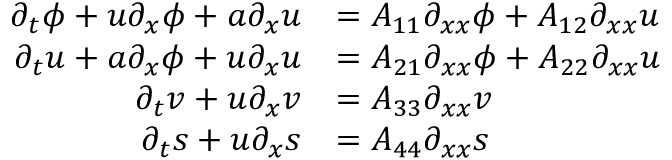
\begin{array} { r l } { \partial _ { t } \phi + u \partial _ { x } \phi + a \partial _ { x } u } & { = A _ { 1 1 } \partial _ { x x } \phi + A _ { 1 2 } \partial _ { x x } u } \\ { \partial _ { t } u + a \partial _ { x } \phi + u \partial _ { x } u } & { = A _ { 2 1 } \partial _ { x x } \phi + A _ { 2 2 } \partial _ { x x } u } \\ { \partial _ { t } v + u \partial _ { x } v } & { = A _ { 3 3 } \partial _ { x x } v } \\ { \partial _ { t } s + u \partial _ { x } s } & { = A _ { 4 4 } \partial _ { x x } s } \end{array}